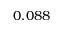
0 . 0 8 8